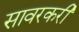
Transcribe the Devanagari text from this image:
सावरकरी